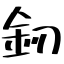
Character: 釰